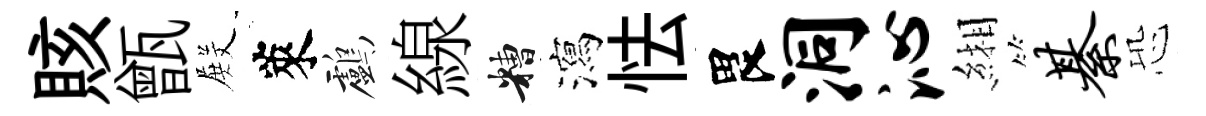
賅甑𭮺萊鸕線糟瀉怯畏洞沁緗綦恐